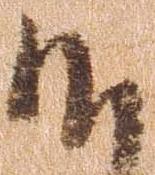
候